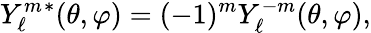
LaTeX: Y_{\ell}^{m}{}^{*}(\theta,\varphi)=(-1)^{m}Y_{\ell}^{-m}(\theta,\varphi),